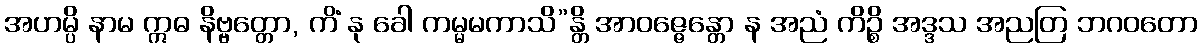
အဟမ္ပိ နာမ ဣဓ နိဗ္ဗတ္တော, ကိံ နု ခေါ ကမ္မမကာသိ”န္တိ အာဝဇ္ဇေန္တော န အညံ ကိဉ္စိ အဒ္ဒသ အညတြ ဘဂဝတော